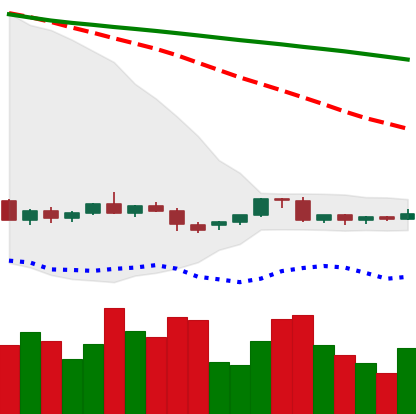
Ticker: EOS-USD
Chart end date: 2022-06-06
Forward return: -14.322%
Label: down_7plus